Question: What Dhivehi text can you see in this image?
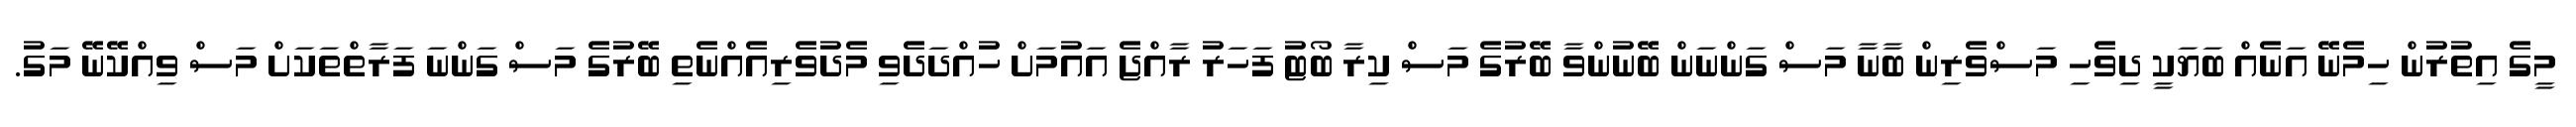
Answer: މީގެ އިތުރުން ހިމެނޭ އަނެއް ބަޔަކީ ދިވެހި މަސްވެރިން ބާނާ މަސް ގަންނަން ބޭނުންވާ ބޭރުގެ މަސް ކިރާ ބޯޓު ފަހަރު ރާއްޖެ އައުމަށް ހުއްދަދެވި މެދުވެރިއެއްނެތި ބޭރުގެ މަސް ގަންނަ ފަރާތްތަކަށް މަސް ވިއްކޭނޭ މަގު.